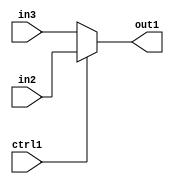
`timescale 1ps / 1ps
/*****************************************************************************
    Verilog RTL Description
    
    
    Created by: Stratus DpOpt 21.05.01 
*******************************************************************************/

module Filter_N_Mux_12_2_1_1 (
	in3,
	in2,
	ctrl1,
	out1
	); /* architecture "behavioural" */ 
input [11:0] in3,
	in2;
input  ctrl1;
output [11:0] out1;
wire [11:0] asc001;

reg [11:0] asc001_tmp_0;
assign asc001 = asc001_tmp_0;
always @ (ctrl1 or in2 or in3) begin
	case (ctrl1)
		1'B1 : asc001_tmp_0 = in2 ;
		default : asc001_tmp_0 = in3 ;
	endcase
end

assign out1 = asc001;
endmodule

/* CADENCE  uLTyQws= : u9/ySxbfrwZIxEzHVQQV8Q== ** DO NOT EDIT THIS LINE ******/